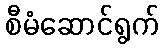
စီမံဆောင်ရွက်